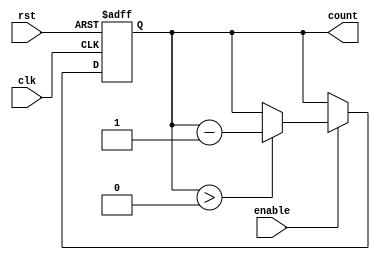
module DecrementalCounter #(
    parameter MAX_VALUE = 255  // Specify maximum value (for an 8-bit counter)
)(
    input wire clk,            // Clock signal
    input wire rst,            // Asynchronous reset signal
    input wire enable,         // Control signal for decrementing
    output reg [7:0] count     // Current count value (8-bit wide)
);

    // Initial block to set the initial value
    initial begin
        count = MAX_VALUE; // Initialize count to MAX_VALUE
    end

    // Asynchronous reset and synchronous decrement
    always @(posedge clk or posedge rst) begin
        if (rst) begin
            count <= MAX_VALUE; // Reset count to MAX_VALUE
        end else if (enable) begin
            if (count > 0) begin
                count <= count - 1; // Decrement count if greater than 0
            end
        end
    end

endmodule